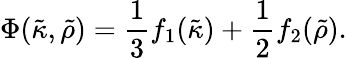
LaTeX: \Phi(\tilde{\kappa},\tilde{\rho})=\frac{1}{3}f_{1}(\tilde{\kappa})+\frac{1}{2}f_{2}(\tilde{\rho}).